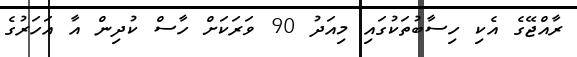
ރާއްޖޭގެ އެކި ހިސާބުތަކުގައި މިއަދު 90 ވަރަކަށް ހާސް ކުދިން އާ އަހަރުގެ